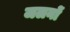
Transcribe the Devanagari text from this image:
जलनों